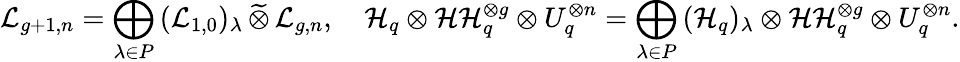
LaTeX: \mathcal{L}_{g+1,n}=\bigoplus_{\lambda\in P}\, (\mathcal{L}_{1,0})_{\lambda}\, \widetilde{\otimes}\, \mathcal{L}_{g,n},\quad\mathcal{H}_{q}\otimes\mathcal{HH}_{q}^{\otimes g}\otimes U_{q}^{\otimes n}=\bigoplus_{\lambda\in P}\, (\mathcal{H}_{q})_{\lambda}\otimes\mathcal{HH}_{q}^{\otimes g}\otimes U_{q}^{\otimes n}.